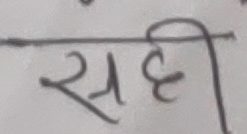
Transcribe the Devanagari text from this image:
सही